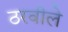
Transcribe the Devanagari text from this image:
ठरवीले